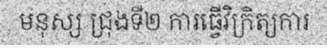
មនុស្ស ជ្រុងទី២ ការធ្វើវិក្រិត្យការ